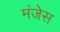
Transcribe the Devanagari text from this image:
मंजेस